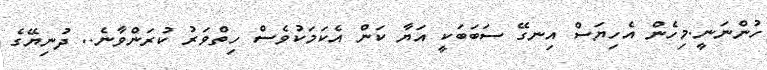
ހުންނަނީ.މިހެން އެހިޔަސް އިނގޭ ސަބަބަކީ އަޔާ ކަން އެކަމަކުވެސް ހިތްވަރު ކުރަންވާނެ.. ދުނިޔޭގެ